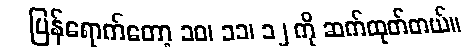
ပြန်ရောက်တော့ ၁၀၊ ၁၁၊ ၁၂ ကို ဆက်ထုတ်တယ်။